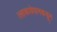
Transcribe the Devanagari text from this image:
त्लाकावेपानकडून